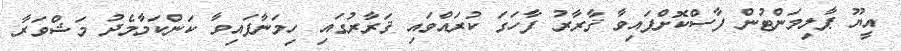
އީޔޫ ޕާލިމަންޓުން ފާސްކޮށްފައިވާ ޤާރާރު ފާހަގަ ކުރައްވައި ޤަރާރުގައި ހިމަނާފައިވާ ކަންކަމާމެދު މަޝްވަރާ